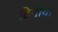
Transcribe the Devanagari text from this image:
टिनीया